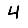
Digit: 4